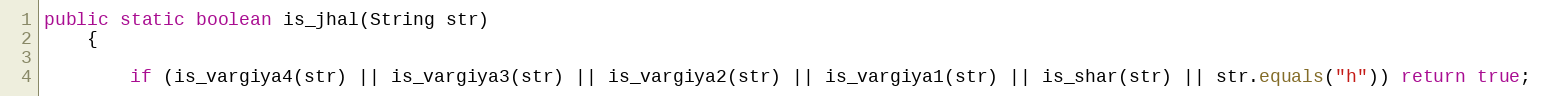
Language: Java
public static boolean is_jhal(String str)
    {

        if (is_vargiya4(str) || is_vargiya3(str) || is_vargiya2(str) || is_vargiya1(str) || is_shar(str) || str.equals("h")) return true;